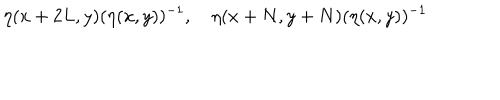
LaTeX: \eta ( x + 2 L , y ) ( \eta ( x , y ) ) ^ { - 1 } , \quad \eta ( x + N , y + N ) ( \eta ( x , y ) ) ^ { - 1 }